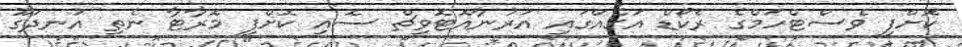
ކޮށްފި ވެސްޓްހަމްގެ ރެކޯޑް އަގެއްގައި އަރުނާއޮޓޮވިޗް ސޮއި ކޮށްފި މޮރާޓާ ނެތި އުނދަގޫ